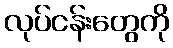
လုပ်ငန်းတွေကို